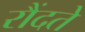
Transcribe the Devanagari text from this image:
रौंदते